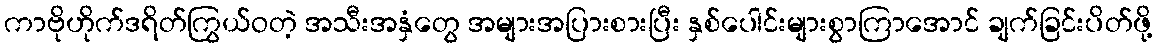
ကာဗိုဟိုက်ဒရိတ်ကြွယ်ဝတဲ့ အသီးအနှံတွေ အများအပြားစားပြီး နှစ်ပေါင်းများစွာကြာအောင် ချက်ခြင်းပိတ်ဖို့